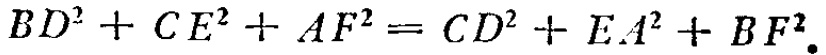
\(BD^{2}+CE^{2}+AF^{2}=CD^{2}+EA^{2}+BF^{2}\)